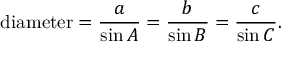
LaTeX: { \mathrm { d i a m e t e r } } = { \frac { a } { \sin A } } = { \frac { b } { \sin B } } = { \frac { c } { \sin C } } .